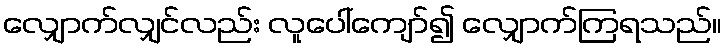
လျှောက်လျှင်လည်း လူပေါ်ကျော်၍ လျှောက်ကြရသည်။